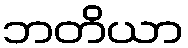
ဘတိယာ